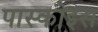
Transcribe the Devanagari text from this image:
पास्कोइस